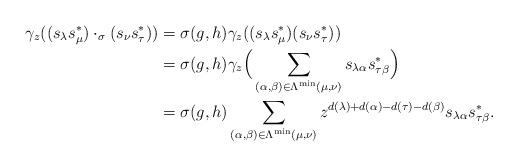
LaTeX: \begin{align*}\gamma_z((s_\lambda s_\mu^*)\cdot_\sigma(s_\nu s_\tau^*))&=\sigma(g,h)\gamma_z((s_\lambda s_\mu^*)(s_\nu s_\tau^*))\\&=\sigma(g,h)\gamma_z\Big(\sum_{(\alpha,\beta)\in \Lambda^{\min}(\mu,\nu)}s_{\lambda\alpha}s_{\tau\beta}^*\Big)\\&=\sigma(g,h)\sum_{(\alpha,\beta)\in \Lambda^{\min}(\mu,\nu)}z^{d(\lambda)+d(\alpha)-d(\tau)-d(\beta)}s_{\lambda\alpha}s_{\tau\beta}^*.\end{align*}